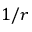
1 / r